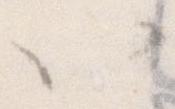
ハ